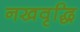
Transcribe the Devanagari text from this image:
नखवृद्धि